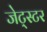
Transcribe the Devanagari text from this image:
जेट्स्टर